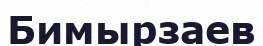
Бимырзаев